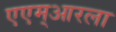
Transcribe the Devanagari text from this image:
एएम्‌आरला